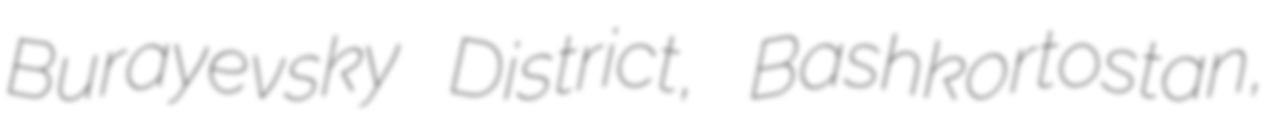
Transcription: Burayevsky District, Bashkortostan,